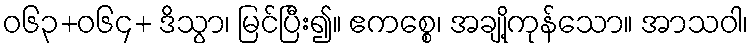
ဝ၆၃+၀၆၄+ ဒိသွာ၊ မြင်ပြီး၍။ ဧကစ္စေ၊ အချို့ကုန်သော။ အာသဝါ၊